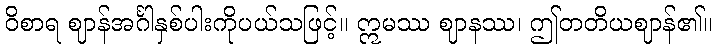
ဝိစာရ ဈာန်အင်္ဂါနှစ်ပါးကိုပယ်သဖြင့်။ ဣမဿ ဈာနဿ၊ ဤတတိယဈာန်၏။